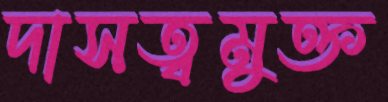
দাসত্বমুক্ত